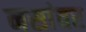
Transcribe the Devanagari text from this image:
नसांवर